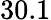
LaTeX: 30.1